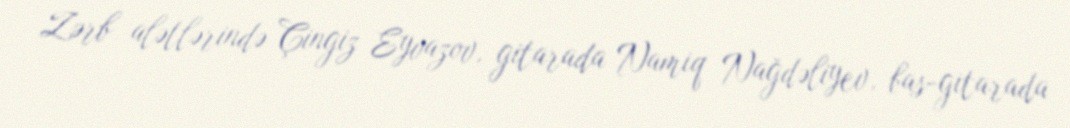
Zərb alətlərində Çingiz Eyvazov, gitarada Namiq Nağdəliyev, bas-gitarada